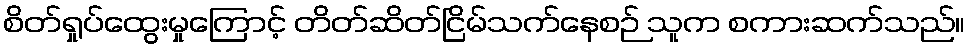
စိတ်ရှုပ်ထွေးမှုကြောင့် တိတ်ဆိတ်ငြိမ်သက်နေစဉ် သူက စကားဆက်သည်။